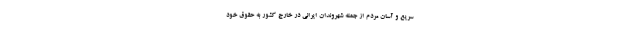
سریع و آسان مردم از جمله شهروندان ایرانی در خارج کشور به حقوق خود